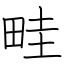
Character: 畦